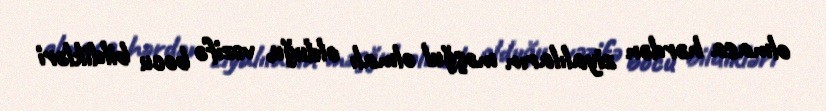
olmasa hərdən ziyalıların məşğul olmalı olduğu, vəzifə bocu bildikləri